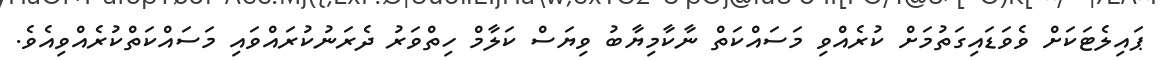
ޕައިލެޓަކަށް ވެވަޑައިގަތުމަށް ކުރެއްވި މަސައްކަތް ނާކާމިޔާބު ވިޔަސް ކަލާމް ހިތްވަރު ދެރަނުކުރައްވައި މަސައްކަތްކުރެއްވިއެވެ.